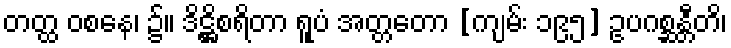
တတ္ထ ဝစနေ၊ ၌။ ဒိဋ္ဌိစရိတာ ရူပံ အတ္တတော [ကျမ်း ၁၉၅] ဥပဂစ္ဆန္တီတိ၊